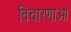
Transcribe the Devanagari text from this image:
विचारणाओं